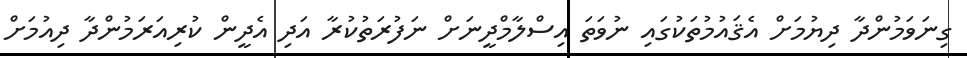
ގިނަވަމުންދާ ދިޔުމަށް އެޤައުމުތަކުގައި ނުވަތަ އިސްލާމްދީނަށް ނަފުރަތުކުރާ އަދި އެދީން ކުރިއަރަމުންދާ ދިއުމަށް